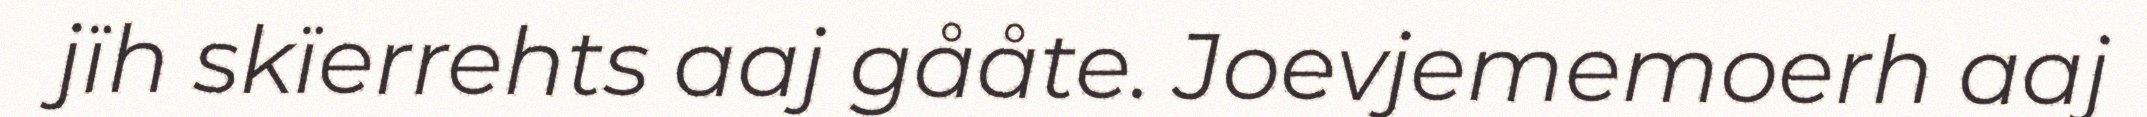
jïh skïerrehts aaj gååte. Joevjememoerh aaj